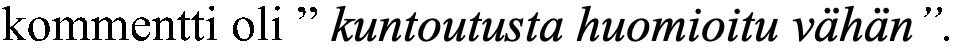
kommentti oli ” kuntoutusta huomioitu vähän”.